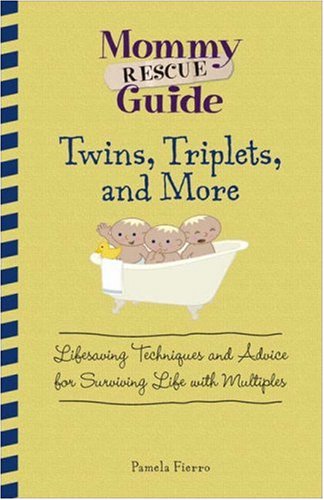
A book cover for Mommy Rescue Guide Twins, Triplets, and More: Lifesaving Techniques and Advice for Surviving Life with Multiples; Pamela Fierro; Parenting & Relationships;